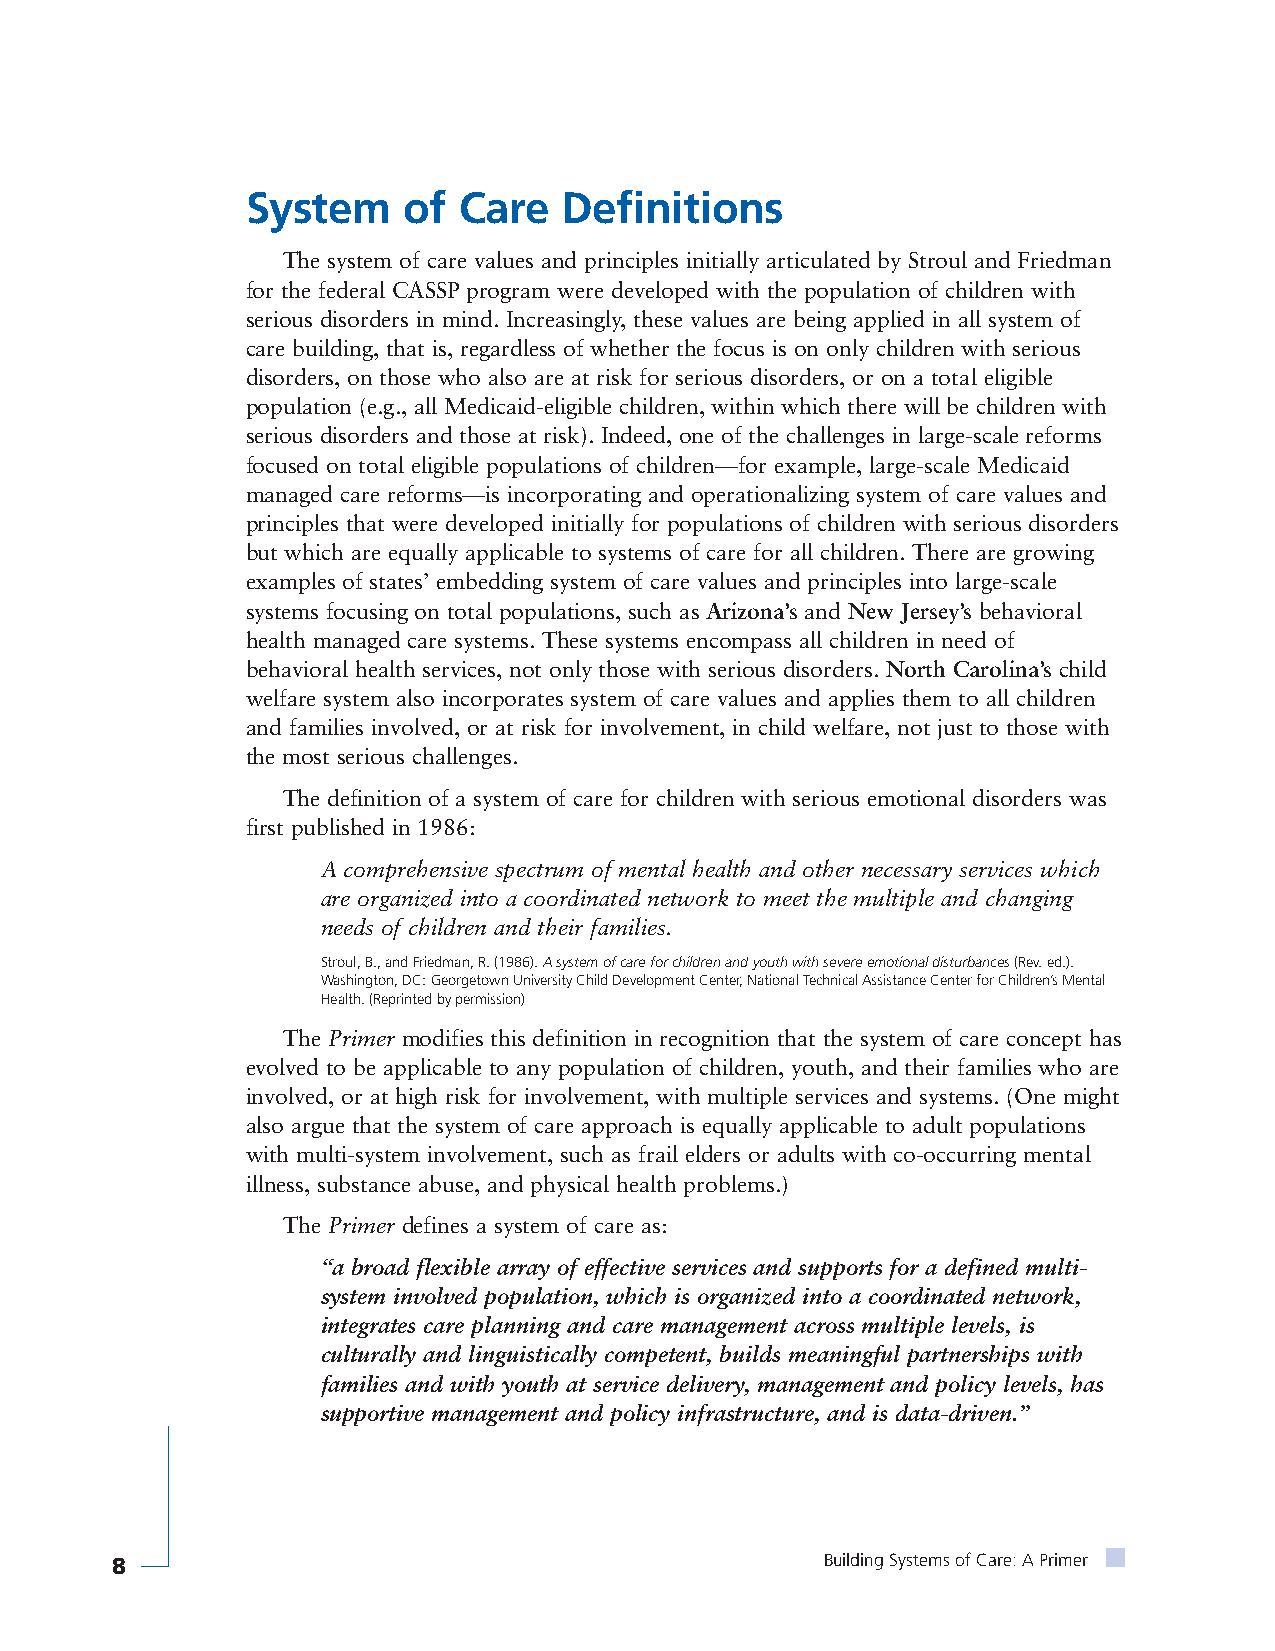
System     of Care   Definitions
 The system of care values and principles initially articulated by Stroul and Friedman
 for the federal CASSP program were developed with the population of children with
 serious disorders in mind. Increasingly, these values are being applied in all system of
 care building, that is, regardless of whether the focus is on only children with serious
 disorders, on those who also are at risk for serious disorders, or on a total eligible
 population (e.g., all Medicaid-eligible children, within which there will be children with
 serious disorders and those at risk). Indeed, one of the challenges in large-scale reforms
 focused on total eligible populations of children—for example, large-scale Medicaid
 managed care reforms—is incorporating and operationalizing system of care values and
 principles that were developed initially for populations of children with serious disorders
 but which are equally applicable to systems of care for all children. There are growing
 examples of states’ embedding system of care values and principles into large-scale
 systems focusing on total populations, such as Arizona’s and New Jersey’s behavioral
 health managed care systems. These systems encompass all children in need of
 behavioral health services, not only those with serious disorders. North Carolina’s child
 welfare system also incorporates system of care values and applies them to all children
 and families involved, or at risk for involvement, in child welfare, not just to those with
 the most serious challenges.
 The definition of a system of care for children with serious emotional disorders was
 first published in 1986:
 A comprehensive spectrum of mental health and other necessary services which
 are organized into a coordinated network to meet the multiple and changing
 needs of children and their families.
 Stroul, B., and Friedman, R. (1986). A system of care for children and youth with severe emotional disturbances(Rev. ed.).
 Washington, DC: Georgetown University Child Development Center, National Technical Assistance Center for Children’s Mental
 Health. (Reprinted by permission)
 The Primer modifies this definition in recognition that the system of care concept has
 evolved to be applicable to any population of children, youth, and their families who are
 involved, or at high risk for involvement, with multiple services and systems. (One might
 also argue that the system of care approach is equally applicable to adult populations
 with multi-system involvement, such as frail elders or adults with co-occurring mental
 illness, substance abuse, and physical health problems.)
 The Primer defines a system of care as:
 “a broad flexible array of effective services and supports for a defined multi-
 system involved population, which is organized into a coordinated network,
 integrates care planning and care management across multiple levels, is
 culturally and linguistically competent, builds meaningful partnerships with
 families and with youth at service delivery, management and policy levels, has
 supportive management and policy infrastructure, and is data-driven.”
 8                                               Building Systems of Care: A Primer